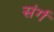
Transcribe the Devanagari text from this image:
संर्ग